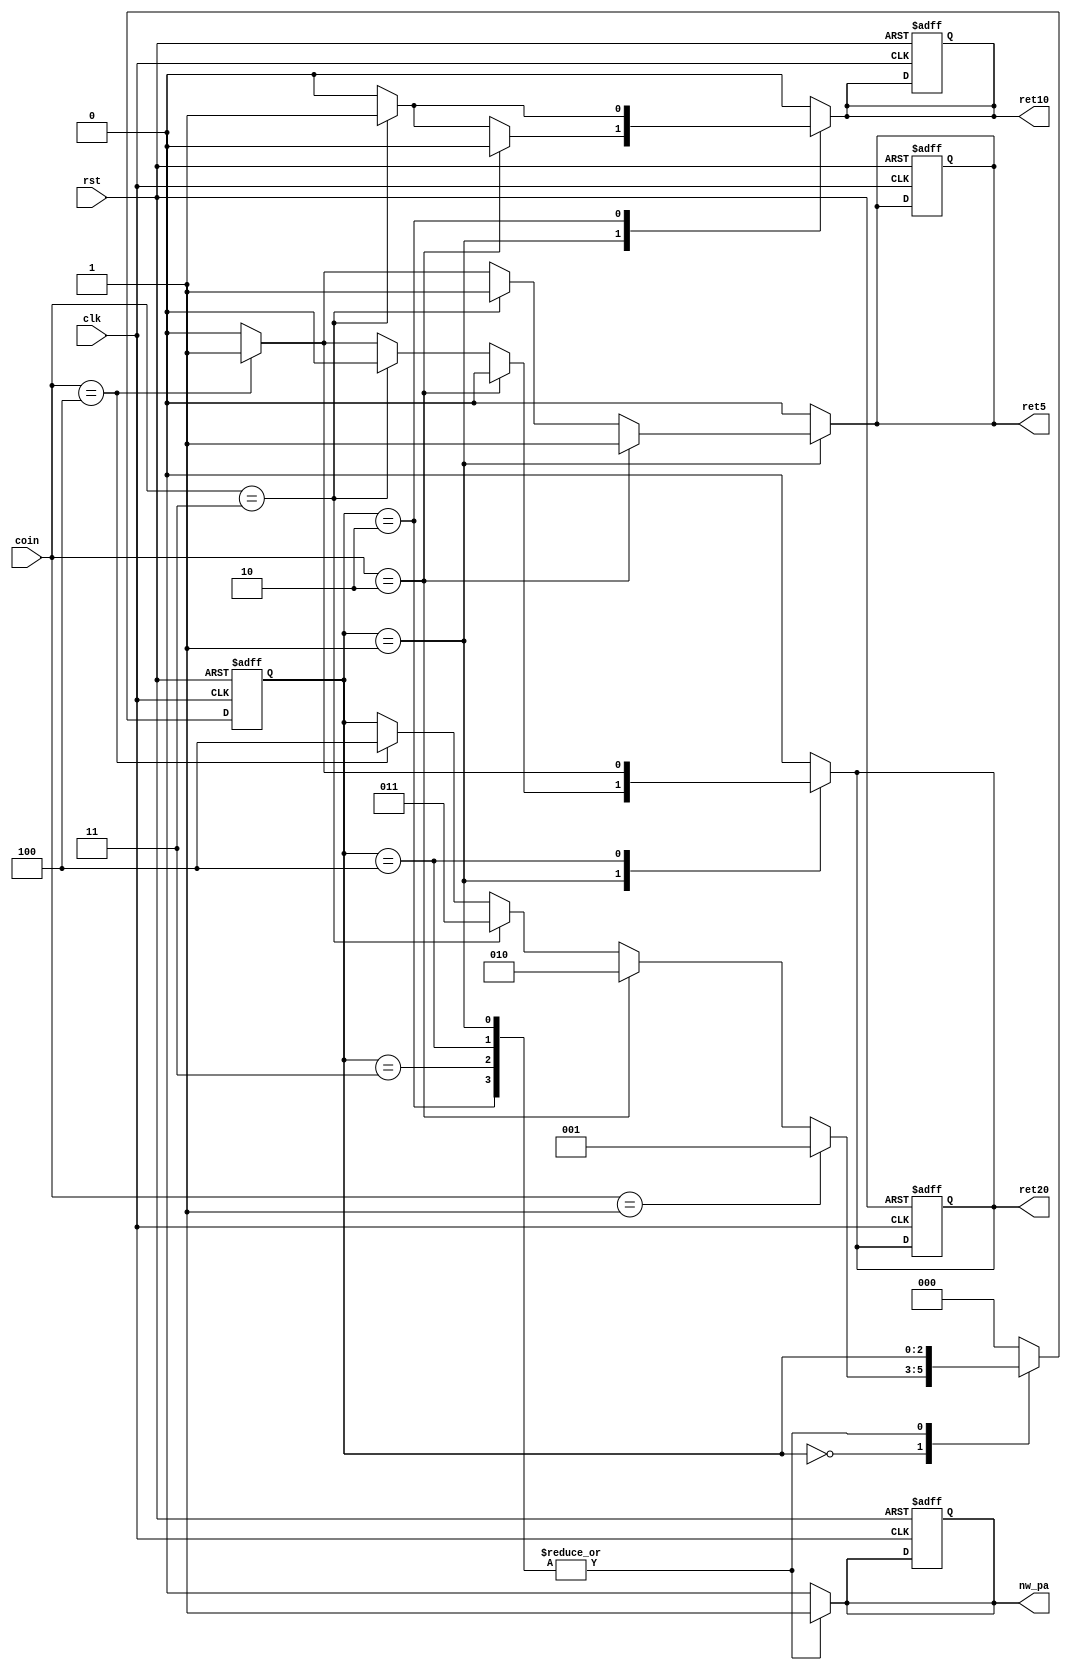
module vending_machine_verilog (
    input [2:0] coin,
    input clk, rst,
    output reg nw_pa,
    output reg ret5,
    output reg ret10,
    output reg ret20
);

    reg [2:0] state;
    reg [2:0] next_state;

    parameter [2:0] s0 = 3'b000;
    parameter [2:0] s5 = 3'b001;
    parameter [2:0] s10 = 3'b010;
    parameter [2:0] s20 = 3'b011;
    parameter [2:0] s50 = 3'b100;

    always @(posedge clk or posedge rst) begin
        if (rst) begin
            state <= s0;
            nw_pa <= 1'b0;
            ret5 <= 1'b0;
            ret10 <= 1'b0;
            ret20 <= 1'b0;
        end else begin
            state <= next_state;
        end
    end

    always @(*) begin
        next_state = state;
        nw_pa = 1'b0;
        ret5 = 1'b0;
        ret10 = 1'b0;
        ret20 = 1'b0;

        case (state)
            s0: begin
                if (coin == 3'b001) next_state = s5;
                else if (coin == 3'b010) next_state = s10;
                else if (coin == 3'b011) next_state = s20;
                else if (coin == 3'b100) next_state = s50;
            end
            s5: begin
                nw_pa = 1'b1;
                if (coin == 3'b010) ret5 = 1'b1;
                else if (coin == 3'b011) begin
                    ret5 = 1'b1;
                    ret10 = 1'b1;
                end else if (coin == 3'b100) begin
                    ret5 = 1'b1;
                    ret20 = 1'b1;
                end
            end
            s10: begin
                nw_pa = 1'b1;
                if (coin == 3'b011) ret10 = 1'b1;
            end
            s20: begin
                nw_pa = 1'b1;
            end
            s50: begin
                nw_pa = 1'b1;
                if (coin == 3'b100) begin
                    ret20 = 1'b1;
                end
            end
            default: next_state = s0;
        endcase
    end

endmodule